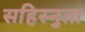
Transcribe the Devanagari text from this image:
सहिस्नुता